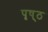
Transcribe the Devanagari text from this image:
पृष््ठ